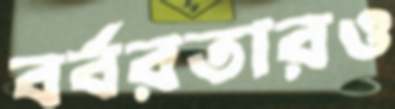
বর্বরতারও